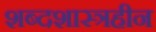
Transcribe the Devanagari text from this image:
शब्दशास्त्रहीन